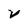
Character: V